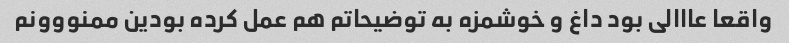
واقعا عااالى بود داغ و خوشمزه به توضیحاتم هم عمل کرده بودین ممنووونم